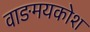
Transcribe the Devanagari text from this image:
वाङमयकोश